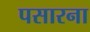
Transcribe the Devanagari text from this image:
पसारना